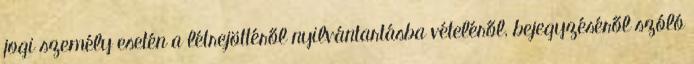
jogi személy esetén a létrejöttéről nyilvántartásba vételéről, bejegyzéséről szóló